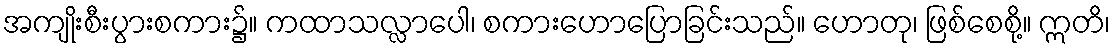
အကျိုးစီးပွားစကား၌။ ကထာသလ္လာပေါ၊ စကားဟောပြောခြင်းသည်။ ဟောတု၊ ဖြစ်စေစို့။ ဣတိ၊